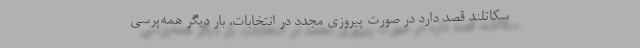
سکاتلند قصد دارد در صورت پیروزی مجدد در انتخابات، بار دیگر همه‌پرسی